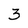
Character: 3